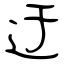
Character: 迂